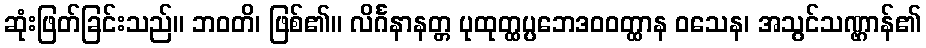
ဆုံးဖြတ်ခြင်းသည်။ ဘဝတိ၊ ဖြစ်၏။ လိင်္ဂနာနတ္တ ပုထုတ္ထပ္ပဘေဒဝဝတ္ထာန ဝသေန၊ အသွင်သဏ္ဌာန်၏